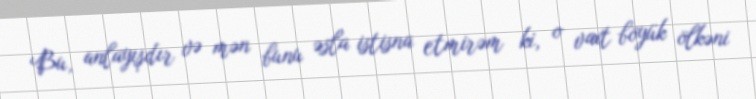
Bu, anlayışdır və mən bunu əsla istisna etmirəm ki, o vaxt böyük ölkəni